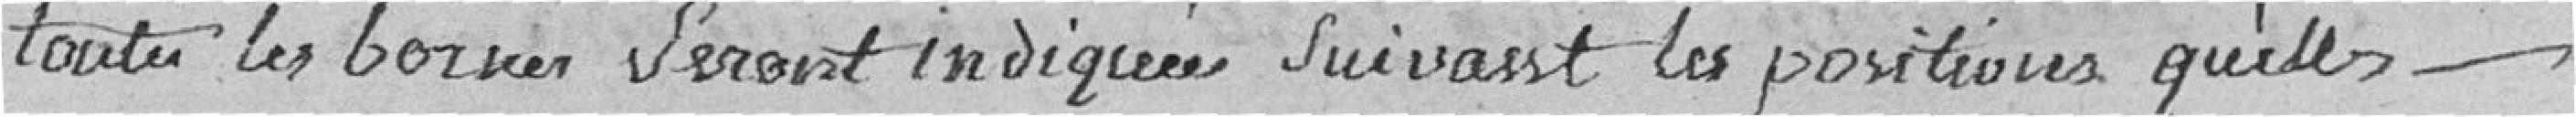
toutes les bornes seront indiquées suivant les positions qu'elles